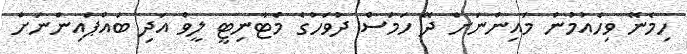
ހިމެނޭ ވިހެއުމުން މައިންނަށް ދޭ ހަމަސް ދުވަހުގެ މެޓާނިޓީ ލީވް އަދި ބައްޕައިންނަށް